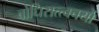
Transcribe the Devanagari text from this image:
बोधिसत्त्वचर्या